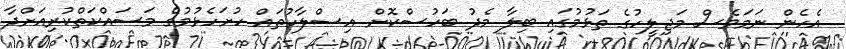
އެހެން ނަމަވެސް މަޖިލީހުގެ ތަޅުމުގައި ބިލާ މެދު ބަހުސްކޮށް އިސްލާހުތައް ހުށަހެޅުމުގެ މަސައްކަތްކުރިއަށްދާ